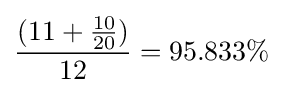
{\frac {(11+{\frac {10}{20}})}{12}}=95.833\%